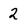
Character: 2